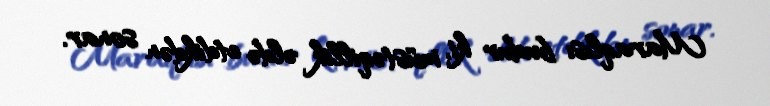
Maraqlısı budur ki, müstəqillik əldə etdikdən sonar.